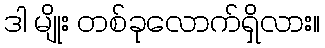
ဒါ မျိုး တစ်ခုလောက်ရှိလား။